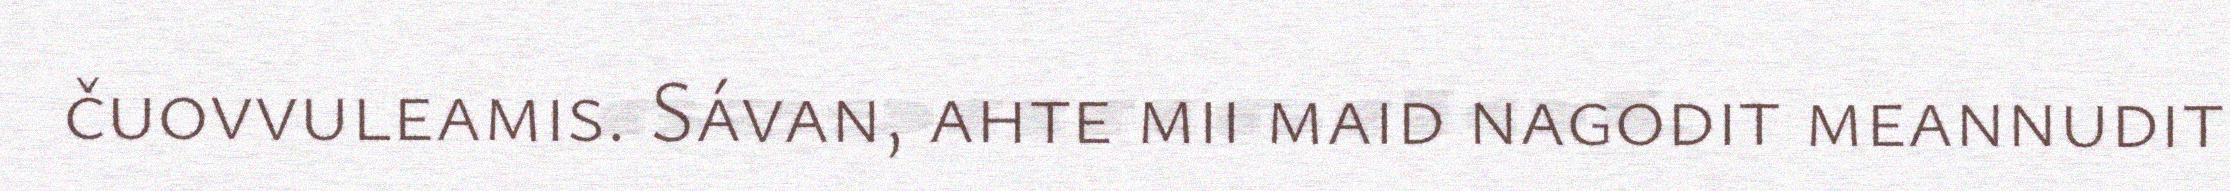
čuovvuleamis. Sávan, ahte mii maid nagodit meannudit